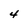
Character: 4